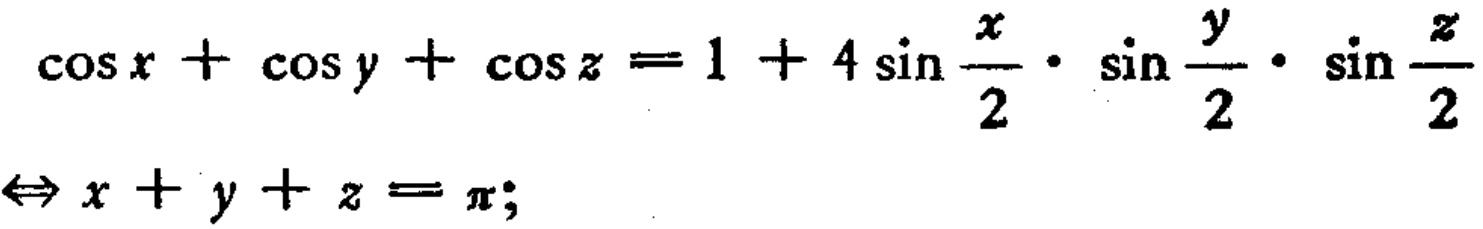
\(\cos x + \cos y + \cos z = 1 + 4\sin \frac{x}{2} \cdot \sin \frac{y}{2} \cdot \sin \frac{z}{2}\Leftrightarrow x + y + z = \pi;\)